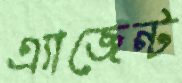
এ্যাজেন্ট